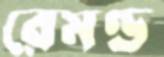
রেমণ্ড